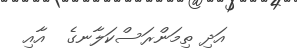
އަދި ތިމަންރަސްކަލާނގެ  އާއި